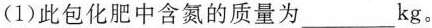
(1)此包化肥中含氮的质量为___kg。